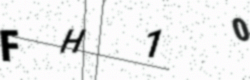
Text: FH10